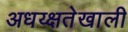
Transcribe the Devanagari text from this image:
अधय्क्षतेखाली